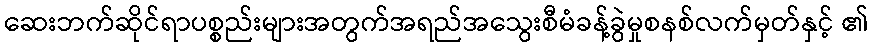
ဆေးဘက်ဆိုင်ရာပစ္စည်းများအတွက်အရည်အသွေးစီမံခန့်ခွဲမှုစနစ်လက်မှတ်နှင့် ၏